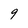
Character: 9